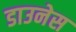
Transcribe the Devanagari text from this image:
डाउनेस